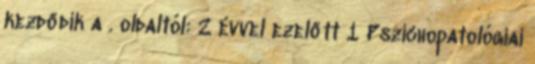
kezdődik a . oldaltól: 2 évvel ezelőtt 1 Pszichopatológiai